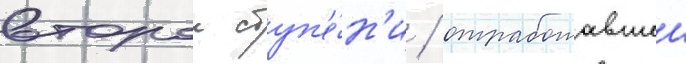
второи ступ'е́н'и / отработавшеи